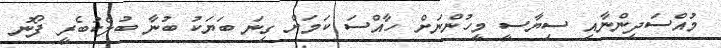
މުއްސަދިންނާއި ސިޔާސީ މީހުންނަށް ހާއްސަ ކަމަށް ގިނަ ބަޔަކު ބުނާ ބުލެކުބެރީ ފޯނު